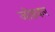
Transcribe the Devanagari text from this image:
जोङकर